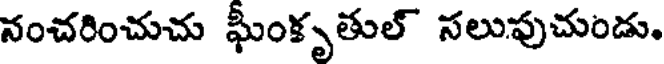
నంచరించుచు ఘీంకృతుల్ సలుపుచుండు.